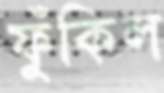
ফুঁকিল